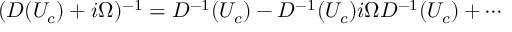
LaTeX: ( D ( U _ { c } ) + i \Omega ) ^ { - 1 } = D ^ { - 1 } ( U _ { c } ) - D ^ { - 1 } ( U _ { c } ) i \Omega D ^ { - 1 } ( U _ { c } ) + \cdots